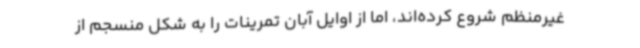
غیرمنظم شروع کرده‌اند، اما از اوایل آبان تمرینات را به شکل منسجم از